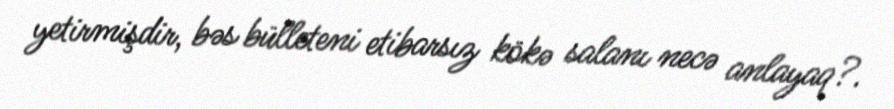
yetirmişdir, bəs bülleteni etibarsız kökə salanı necə anlayaq?.